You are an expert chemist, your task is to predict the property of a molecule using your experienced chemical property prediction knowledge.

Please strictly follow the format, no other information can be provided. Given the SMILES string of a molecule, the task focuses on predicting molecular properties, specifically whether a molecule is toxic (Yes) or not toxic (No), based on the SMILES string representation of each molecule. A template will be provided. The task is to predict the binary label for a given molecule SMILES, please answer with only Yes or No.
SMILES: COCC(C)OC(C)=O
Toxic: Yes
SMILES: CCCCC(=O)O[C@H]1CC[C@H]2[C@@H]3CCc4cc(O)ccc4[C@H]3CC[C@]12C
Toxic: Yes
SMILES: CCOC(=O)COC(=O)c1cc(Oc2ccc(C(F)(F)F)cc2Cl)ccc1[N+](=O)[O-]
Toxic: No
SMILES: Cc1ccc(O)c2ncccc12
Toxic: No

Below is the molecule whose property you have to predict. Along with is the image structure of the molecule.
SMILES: Cc1ncc([C@@H](CCCCCCc2ccc3c(n2)NCCC3)CC(=O)O)cn1
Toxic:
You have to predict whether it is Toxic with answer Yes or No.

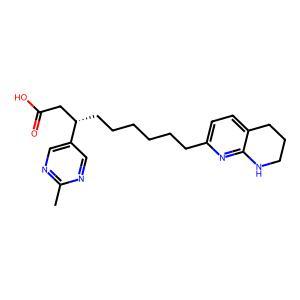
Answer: No